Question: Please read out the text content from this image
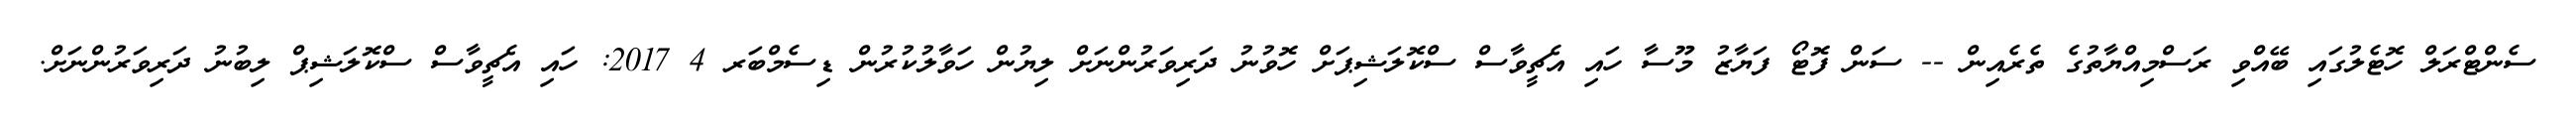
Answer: ސެންޓްރަލް ހޮޓެލުގައި ބޭއްވި ރަސްމިއްޔާތުގެ ތެރެއިން -- ސަން ފޮޓޯ ފަޔާޒު މޫސާ ހައި އެޗީވާސް ސްކޮލަޝިޕަށް ހޮވުނު ދަރިވަރުންނަށް ލިޔުން ހަވާލުކުރުން ޑިސެމްބަރ 4 2017: ހައި އެޗީވާސް ސްކޮލަޝިޕް ލިބުނު ދަރިވަރުންނަށް.